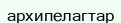
архипелагтар